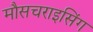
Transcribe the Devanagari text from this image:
मौसचराइसिंग